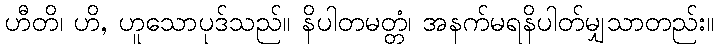
ဟီတိ၊ ဟိ, ဟူသောပုဒ်သည်။ နိပါတမတ္တံ၊ အနက်မရနိပါတ်မျှသာတည်း။